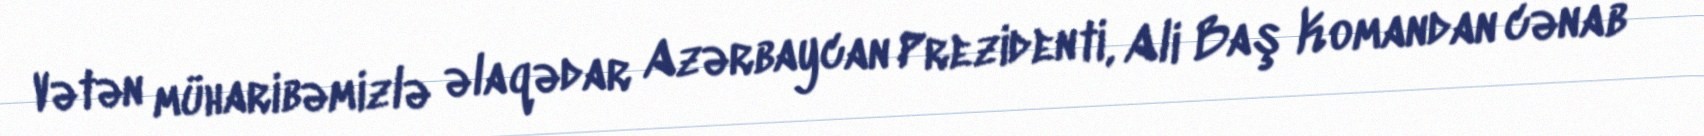
Vətən müharibəmizlə əlaqədar Azərbaycan Prezidenti, Ali Baş Komandan cənab